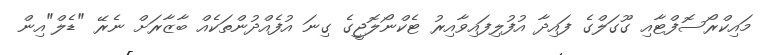
މައިކްރޯސޮފްޓާއި ގޫގަލްގެ ފައިދާ އުފުލިފައިވާއިރު ޓެކްނޯލޮޖީގެ ގިނަ އުފެއްދުންތަކެއް ބާޒާރަށް ނެރޭ "ޑެލް"އިން